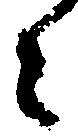
々